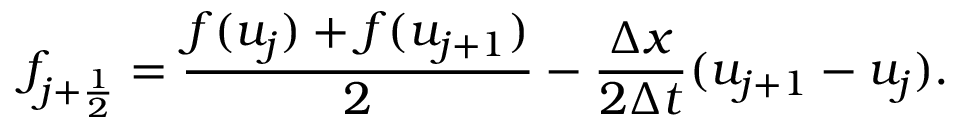
f _ { j + \frac { 1 } { 2 } } = \frac { f ( u _ { j } ) + f ( u _ { j + 1 } ) } { 2 } - \frac { \Delta x } { 2 \Delta t } ( u _ { j + 1 } - u _ { j } ) .